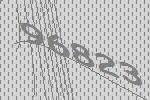
96823